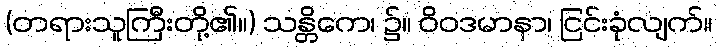
(တရားသူကြီးတို့၏။) သန္တိကေ၊ ၌။ ဝိဝဒမာနာ၊ ငြင်းခုံလျက်။